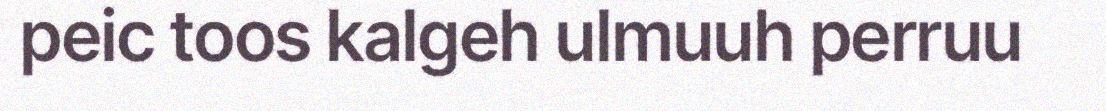
peic toos kalgeh ulmuuh perruu